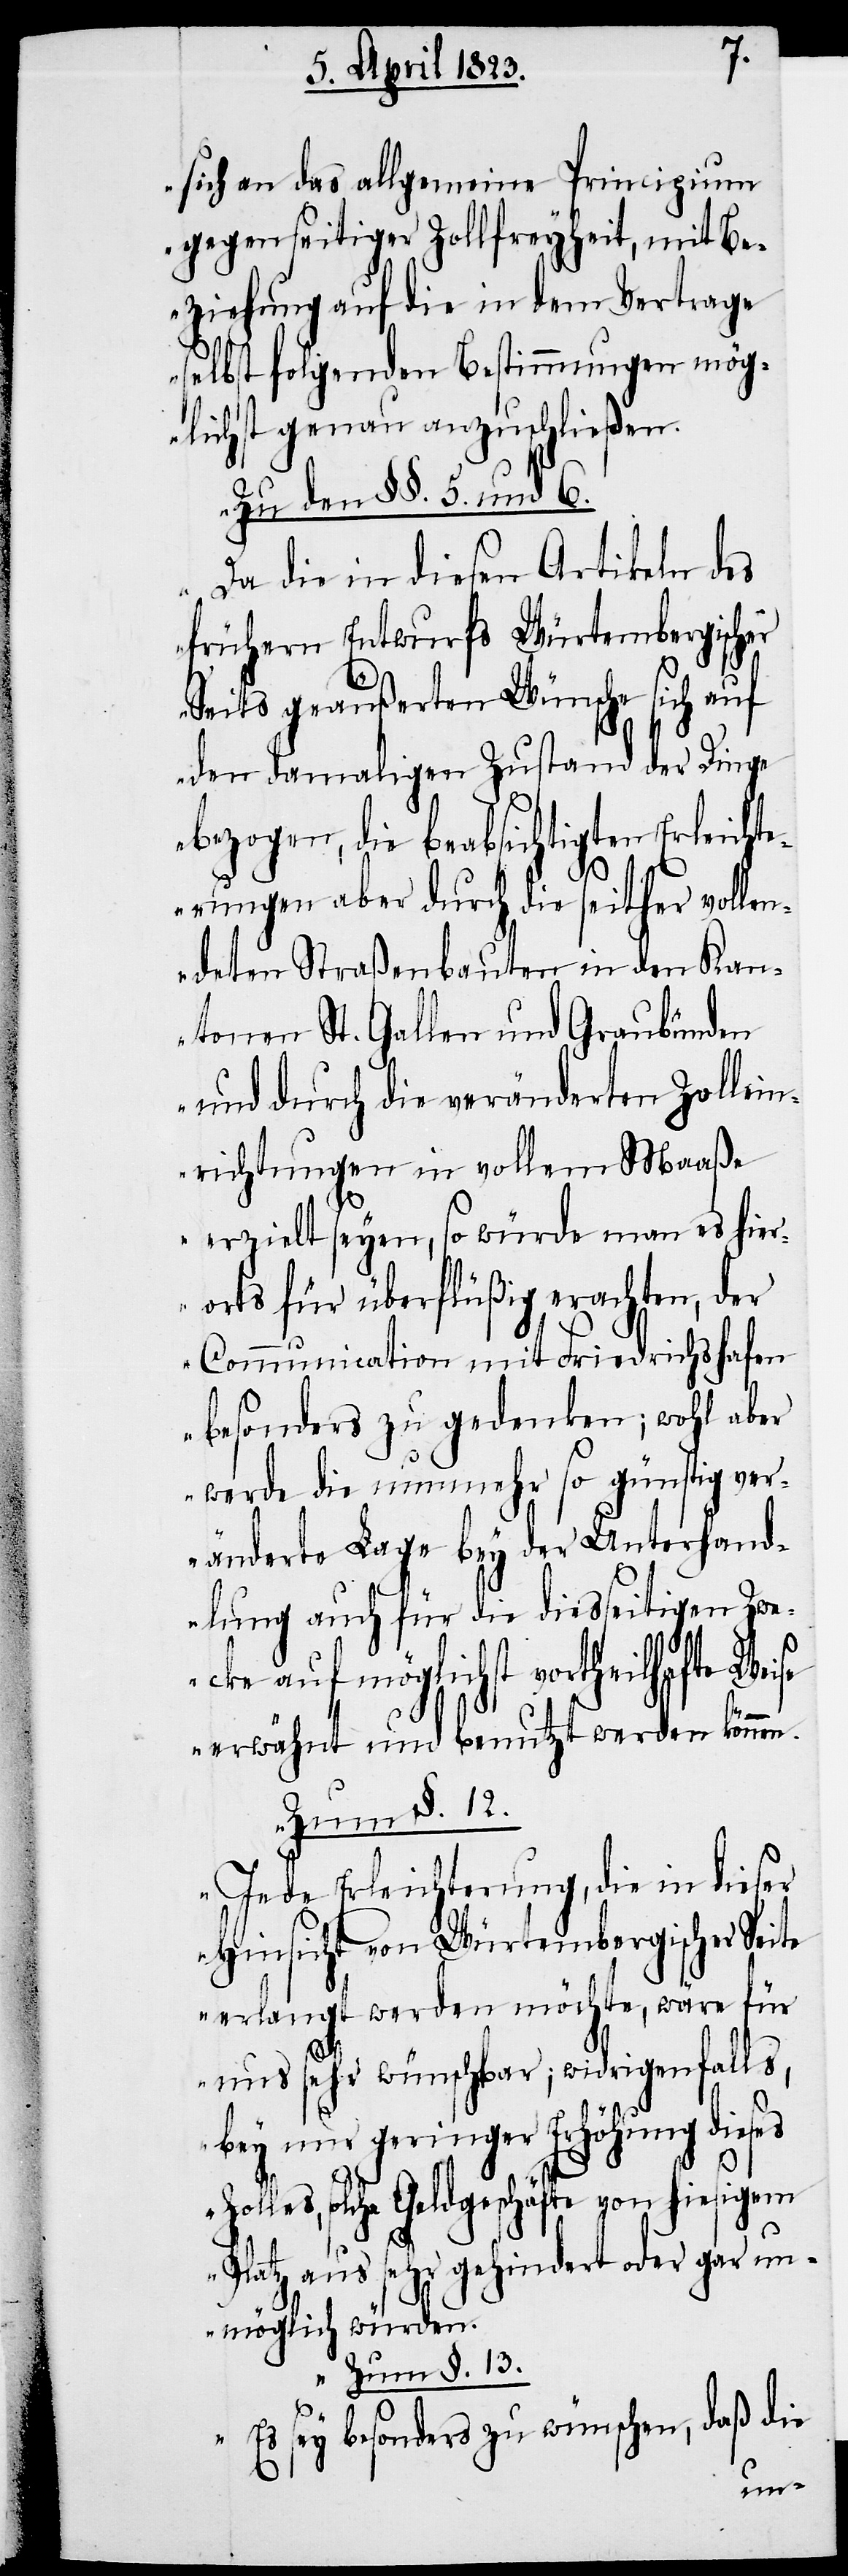
se
sich an das allgemeine Principium
gegenseitiger Zollfreyheit, mit Be¬
ziehung auf die in dem Vertrage
selbst folgenden Bestimmungen mög¬
lichst genau anzuschließen.
Zu den §§. 5. und 6.
Da die in diesen Artikeln des
frühern Entwurfs Würtembergischer
Seits geäußerten Wünsche sich auf
den damaligen Zustand der Dinge
bezogen, die beabsichtigten Erleicht¬
erungen aber durch die seither vollen¬
deten Straßenbauten in den Kan¬
tonen St. Gallen und Graubünden
und durch die veränderten Zollein¬
richtungen in vollem Maaße
erzielt seyen, so würde man es hier¬
orts für überflüßig erachten, der
Communication mit Friedrichshafen
besonders zu gedenken; wohl aber
werde die nunmehr so günstig ver¬
änderte Lage bey der Unterhand¬
lung auch für die diesseitigen Zwe¬
cke auf möglichst vortheilhafte Wei¬
erwähnt und benutzt werden können.
Zum §. 13.
Jede Erleichterung, die in dieser
Hinsicht von Würtembergischer Seite
erlangt werden möchte, wäre für
uns sehr wünschbar; widrigenfalls,
bey nur geringer Erhöhung dieses
Zolles, solche Geldgeschäfte von hiesigem
Platz aus sehr gehindert oder gar un¬
möglich würden.
Es sey besonders zu wünschen, daß die